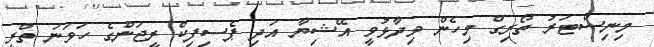
މިނިސްޓަރު ތޯރިގް މިހެން ވިދާޅުވީ އޭޝިޔާ އަދި ޕެސިފިކް ރީޖަންގެ ހަވަނަ ތްރީ